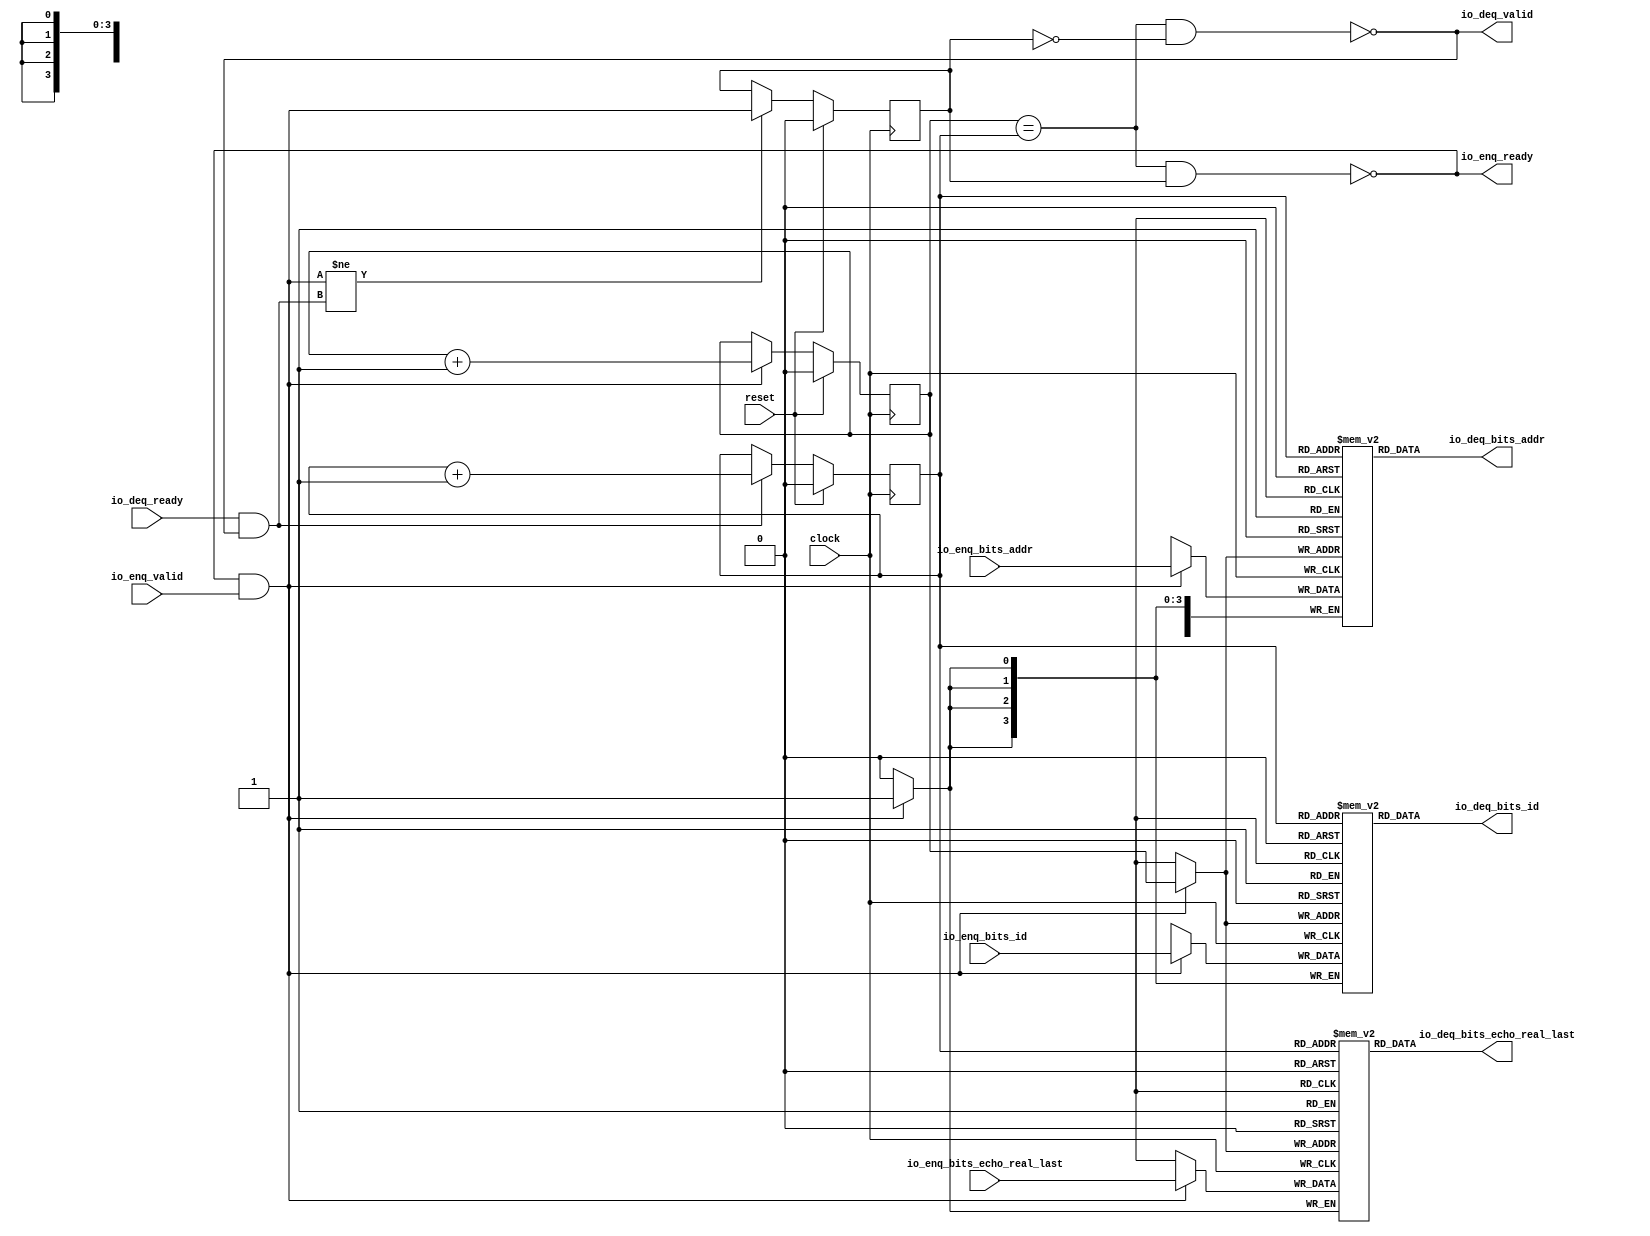
module Queue_38(
  input         clock,
  input         reset,
  output        io_enq_ready,
  input         io_enq_valid,
  input  [3:0]  io_enq_bits_id,
  input  [27:0] io_enq_bits_addr,
  input         io_enq_bits_echo_real_last,
  input         io_deq_ready,
  output        io_deq_valid,
  output [3:0]  io_deq_bits_id,
  output [27:0] io_deq_bits_addr,
  output        io_deq_bits_echo_real_last
);
`ifdef RANDOMIZE_MEM_INIT
  reg [31:0] _RAND_0;
  reg [31:0] _RAND_1;
  reg [31:0] _RAND_2;
`endif // RANDOMIZE_MEM_INIT
`ifdef RANDOMIZE_REG_INIT
  reg [31:0] _RAND_3;
  reg [31:0] _RAND_4;
  reg [31:0] _RAND_5;
`endif // RANDOMIZE_REG_INIT
  reg [3:0] ram_id [0:1]; // @[Decoupled.scala 218:16]
  wire [3:0] ram_id_io_deq_bits_MPORT_data; // @[Decoupled.scala 218:16]
  wire  ram_id_io_deq_bits_MPORT_addr; // @[Decoupled.scala 218:16]
  wire [3:0] ram_id_MPORT_data; // @[Decoupled.scala 218:16]
  wire  ram_id_MPORT_addr; // @[Decoupled.scala 218:16]
  wire  ram_id_MPORT_mask; // @[Decoupled.scala 218:16]
  wire  ram_id_MPORT_en; // @[Decoupled.scala 218:16]
  reg [27:0] ram_addr [0:1]; // @[Decoupled.scala 218:16]
  wire [27:0] ram_addr_io_deq_bits_MPORT_data; // @[Decoupled.scala 218:16]
  wire  ram_addr_io_deq_bits_MPORT_addr; // @[Decoupled.scala 218:16]
  wire [27:0] ram_addr_MPORT_data; // @[Decoupled.scala 218:16]
  wire  ram_addr_MPORT_addr; // @[Decoupled.scala 218:16]
  wire  ram_addr_MPORT_mask; // @[Decoupled.scala 218:16]
  wire  ram_addr_MPORT_en; // @[Decoupled.scala 218:16]
  reg  ram_echo_real_last [0:1]; // @[Decoupled.scala 218:16]
  wire  ram_echo_real_last_io_deq_bits_MPORT_data; // @[Decoupled.scala 218:16]
  wire  ram_echo_real_last_io_deq_bits_MPORT_addr; // @[Decoupled.scala 218:16]
  wire  ram_echo_real_last_MPORT_data; // @[Decoupled.scala 218:16]
  wire  ram_echo_real_last_MPORT_addr; // @[Decoupled.scala 218:16]
  wire  ram_echo_real_last_MPORT_mask; // @[Decoupled.scala 218:16]
  wire  ram_echo_real_last_MPORT_en; // @[Decoupled.scala 218:16]
  reg  value; // @[Counter.scala 60:40]
  reg  value_1; // @[Counter.scala 60:40]
  reg  maybe_full; // @[Decoupled.scala 221:27]
  wire  ptr_match = value == value_1; // @[Decoupled.scala 223:33]
  wire  empty = ptr_match & (~maybe_full); // @[Decoupled.scala 224:25]
  wire  full = ptr_match & maybe_full; // @[Decoupled.scala 225:24]
  wire  do_enq = io_enq_ready & io_enq_valid; // @[Decoupled.scala 40:37]
  wire  do_deq = io_deq_ready & io_deq_valid; // @[Decoupled.scala 40:37]
  wire  _value_T_1 = value + 1'h1; // @[Counter.scala 76:24]
  wire  _value_1_T_1 = value_1 + 1'h1; // @[Counter.scala 76:24]
  wire  _T = do_enq != do_deq; // @[Decoupled.scala 236:16]
  assign ram_id_io_deq_bits_MPORT_addr = value_1;
  assign ram_id_io_deq_bits_MPORT_data = ram_id[ram_id_io_deq_bits_MPORT_addr]; // @[Decoupled.scala 218:16]
  assign ram_id_MPORT_data = io_enq_bits_id;
  assign ram_id_MPORT_addr = value;
  assign ram_id_MPORT_mask = 1'h1;
  assign ram_id_MPORT_en = io_enq_ready & io_enq_valid;
  assign ram_addr_io_deq_bits_MPORT_addr = value_1;
  assign ram_addr_io_deq_bits_MPORT_data = ram_addr[ram_addr_io_deq_bits_MPORT_addr]; // @[Decoupled.scala 218:16]
  assign ram_addr_MPORT_data = io_enq_bits_addr;
  assign ram_addr_MPORT_addr = value;
  assign ram_addr_MPORT_mask = 1'h1;
  assign ram_addr_MPORT_en = io_enq_ready & io_enq_valid;
  assign ram_echo_real_last_io_deq_bits_MPORT_addr = value_1;
  assign ram_echo_real_last_io_deq_bits_MPORT_data = ram_echo_real_last[ram_echo_real_last_io_deq_bits_MPORT_addr]; // @[Decoupled.scala 218:16]
  assign ram_echo_real_last_MPORT_data = io_enq_bits_echo_real_last;
  assign ram_echo_real_last_MPORT_addr = value;
  assign ram_echo_real_last_MPORT_mask = 1'h1;
  assign ram_echo_real_last_MPORT_en = io_enq_ready & io_enq_valid;
  assign io_enq_ready = ~full; // @[Decoupled.scala 241:19]
  assign io_deq_valid = ~empty; // @[Decoupled.scala 240:19]
  assign io_deq_bits_id = ram_id_io_deq_bits_MPORT_data; // @[Decoupled.scala 242:15]
  assign io_deq_bits_addr = ram_addr_io_deq_bits_MPORT_data; // @[Decoupled.scala 242:15]
  assign io_deq_bits_echo_real_last = ram_echo_real_last_io_deq_bits_MPORT_data; // @[Decoupled.scala 242:15]
  always @(posedge clock) begin
    if(ram_id_MPORT_en & ram_id_MPORT_mask) begin
      ram_id[ram_id_MPORT_addr] <= ram_id_MPORT_data; // @[Decoupled.scala 218:16]
    end
    if(ram_addr_MPORT_en & ram_addr_MPORT_mask) begin
      ram_addr[ram_addr_MPORT_addr] <= ram_addr_MPORT_data; // @[Decoupled.scala 218:16]
    end
    if(ram_echo_real_last_MPORT_en & ram_echo_real_last_MPORT_mask) begin
      ram_echo_real_last[ram_echo_real_last_MPORT_addr] <= ram_echo_real_last_MPORT_data; // @[Decoupled.scala 218:16]
    end
    if (reset) begin // @[Counter.scala 60:40]
      value <= 1'h0; // @[Counter.scala 60:40]
    end else if (do_enq) begin // @[Decoupled.scala 229:17]
      value <= _value_T_1; // @[Counter.scala 76:15]
    end
    if (reset) begin // @[Counter.scala 60:40]
      value_1 <= 1'h0; // @[Counter.scala 60:40]
    end else if (do_deq) begin // @[Decoupled.scala 233:17]
      value_1 <= _value_1_T_1; // @[Counter.scala 76:15]
    end
    if (reset) begin // @[Decoupled.scala 221:27]
      maybe_full <= 1'h0; // @[Decoupled.scala 221:27]
    end else if (_T) begin // @[Decoupled.scala 236:28]
      maybe_full <= do_enq; // @[Decoupled.scala 237:16]
    end
  end
// Register and memory initialization
`ifdef RANDOMIZE_GARBAGE_ASSIGN
`define RANDOMIZE
`endif
`ifdef RANDOMIZE_INVALID_ASSIGN
`define RANDOMIZE
`endif
`ifdef RANDOMIZE_REG_INIT
`define RANDOMIZE
`endif
`ifdef RANDOMIZE_MEM_INIT
`define RANDOMIZE
`endif
`ifndef RANDOM
`define RANDOM $random
`endif
`ifdef RANDOMIZE_MEM_INIT
  integer initvar;
`endif
`ifndef SYNTHESIS
`ifdef FIRRTL_BEFORE_INITIAL
`FIRRTL_BEFORE_INITIAL
`endif
initial begin
  `ifdef RANDOMIZE
    `ifdef INIT_RANDOM
      `INIT_RANDOM
    `endif
    `ifndef VERILATOR
      `ifdef RANDOMIZE_DELAY
        #`RANDOMIZE_DELAY begin end
      `else
        #0.002 begin end
      `endif
    `endif
`ifdef RANDOMIZE_MEM_INIT
  _RAND_0 = {1{`RANDOM}};
  for (initvar = 0; initvar < 2; initvar = initvar+1)
    ram_id[initvar] = _RAND_0[3:0];
  _RAND_1 = {1{`RANDOM}};
  for (initvar = 0; initvar < 2; initvar = initvar+1)
    ram_addr[initvar] = _RAND_1[27:0];
  _RAND_2 = {1{`RANDOM}};
  for (initvar = 0; initvar < 2; initvar = initvar+1)
    ram_echo_real_last[initvar] = _RAND_2[0:0];
`endif // RANDOMIZE_MEM_INIT
`ifdef RANDOMIZE_REG_INIT
  _RAND_3 = {1{`RANDOM}};
  value = _RAND_3[0:0];
  _RAND_4 = {1{`RANDOM}};
  value_1 = _RAND_4[0:0];
  _RAND_5 = {1{`RANDOM}};
  maybe_full = _RAND_5[0:0];
`endif // RANDOMIZE_REG_INIT
  `endif // RANDOMIZE
end // initial
`ifdef FIRRTL_AFTER_INITIAL
`FIRRTL_AFTER_INITIAL
`endif
`endif // SYNTHESIS
endmodule